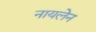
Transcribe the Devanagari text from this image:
नायलेन